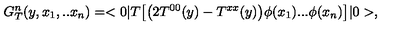
G _ { T } ^ { n } ( y , x _ { 1 } , . . x _ { n } ) = < 0 | T \bigl [ \bigl ( 2 T ^ { 0 0 } ( y ) - T ^ { x x } ( y ) \bigr ) \phi ( x _ { 1 } ) . . . \phi ( x _ { n } ) \bigr ] | 0 > ,